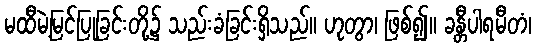
မထီမဲ့မြင်ပြုခြင်းတို့၌ သည်းခံခြင်းရှိသည်။ ဟုတွာ၊ ဖြစ်၍။ ခန္တီပါရမီတံ၊